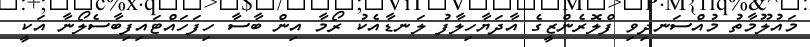
މައުލޫމާތު މުއްސަނދިވި ފްލޮރެންޒީގެ އާދަޔާހިލާފު ލަނޑާއެކު ރޯމާ އިން ބާސާ ހިފަހައްޓައިފިބާސެލޯނާ އަކީ